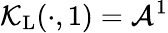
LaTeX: \mathcal{K}_{\mathrm{L}}(\cdot,1)=\mathcal{A}^{1}